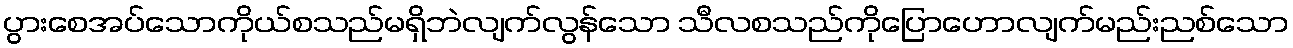
ပွားစေအပ်သောကိုယ်စသည်မရှိဘဲလျက်လွန်သော သီလစသည်ကိုပြောဟောလျက်မည်းညစ်သော